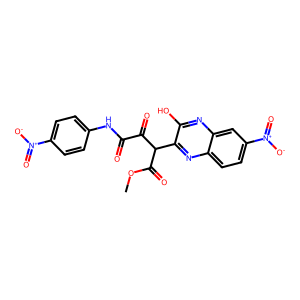
SMILES: COC(=O)C(C(=O)C(=O)Nc1ccc([N+](=O)[O-])cc1)c1nc2ccc([N+](=O)[O-])cc2nc1O
Inhibits HIV replication: No